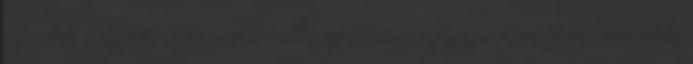
kapcsolódó települések belvíz-védelmi védelmi fejlesztései Általános tájékoztató 2011. február